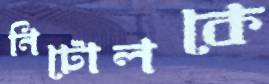
নিটোলকে